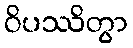
ဝိပဿိတွာ